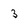
Character: 3